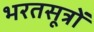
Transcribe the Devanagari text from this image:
भरतसूत्रों